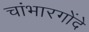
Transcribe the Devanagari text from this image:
चांभारगोंदे